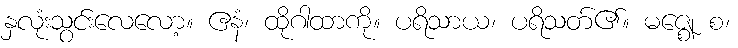
နှလုံးသွင်းလေလော့။ ဧနံ၊ ထိုဂါထာကို။ ပရိသာယ၊ ပရိသတ်၏။ မဇ္ဈေ စ၊